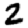
Digit: 2